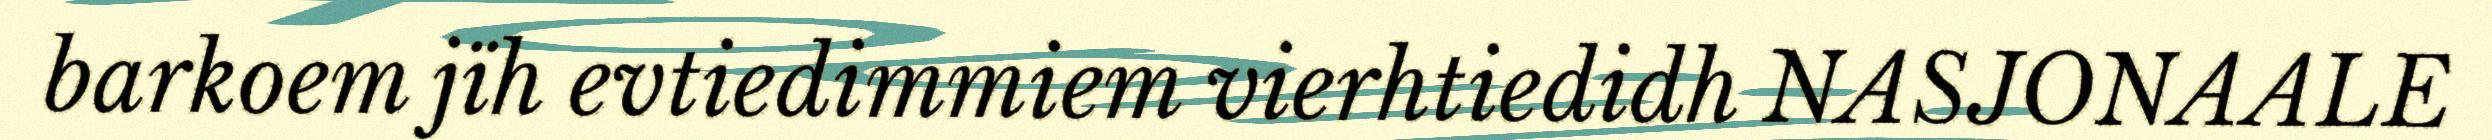
barkoem jïh evtiedimmiem vierhtiedidh NASJONAALE